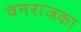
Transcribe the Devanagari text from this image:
वनराजका